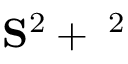
{ \bf S } ^ { 2 } + { \mathbf \Omega } ^ { 2 }